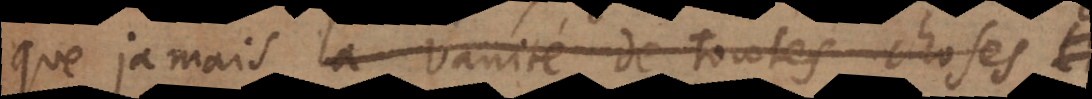
que jamais la vanité de toutes choses,